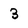
Character: 3